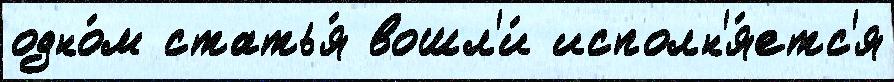
одно́м статья́ вошл'и́ исполн'я́етс'я